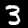
Digit: 3